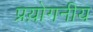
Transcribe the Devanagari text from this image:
प्रय़ोगनीय